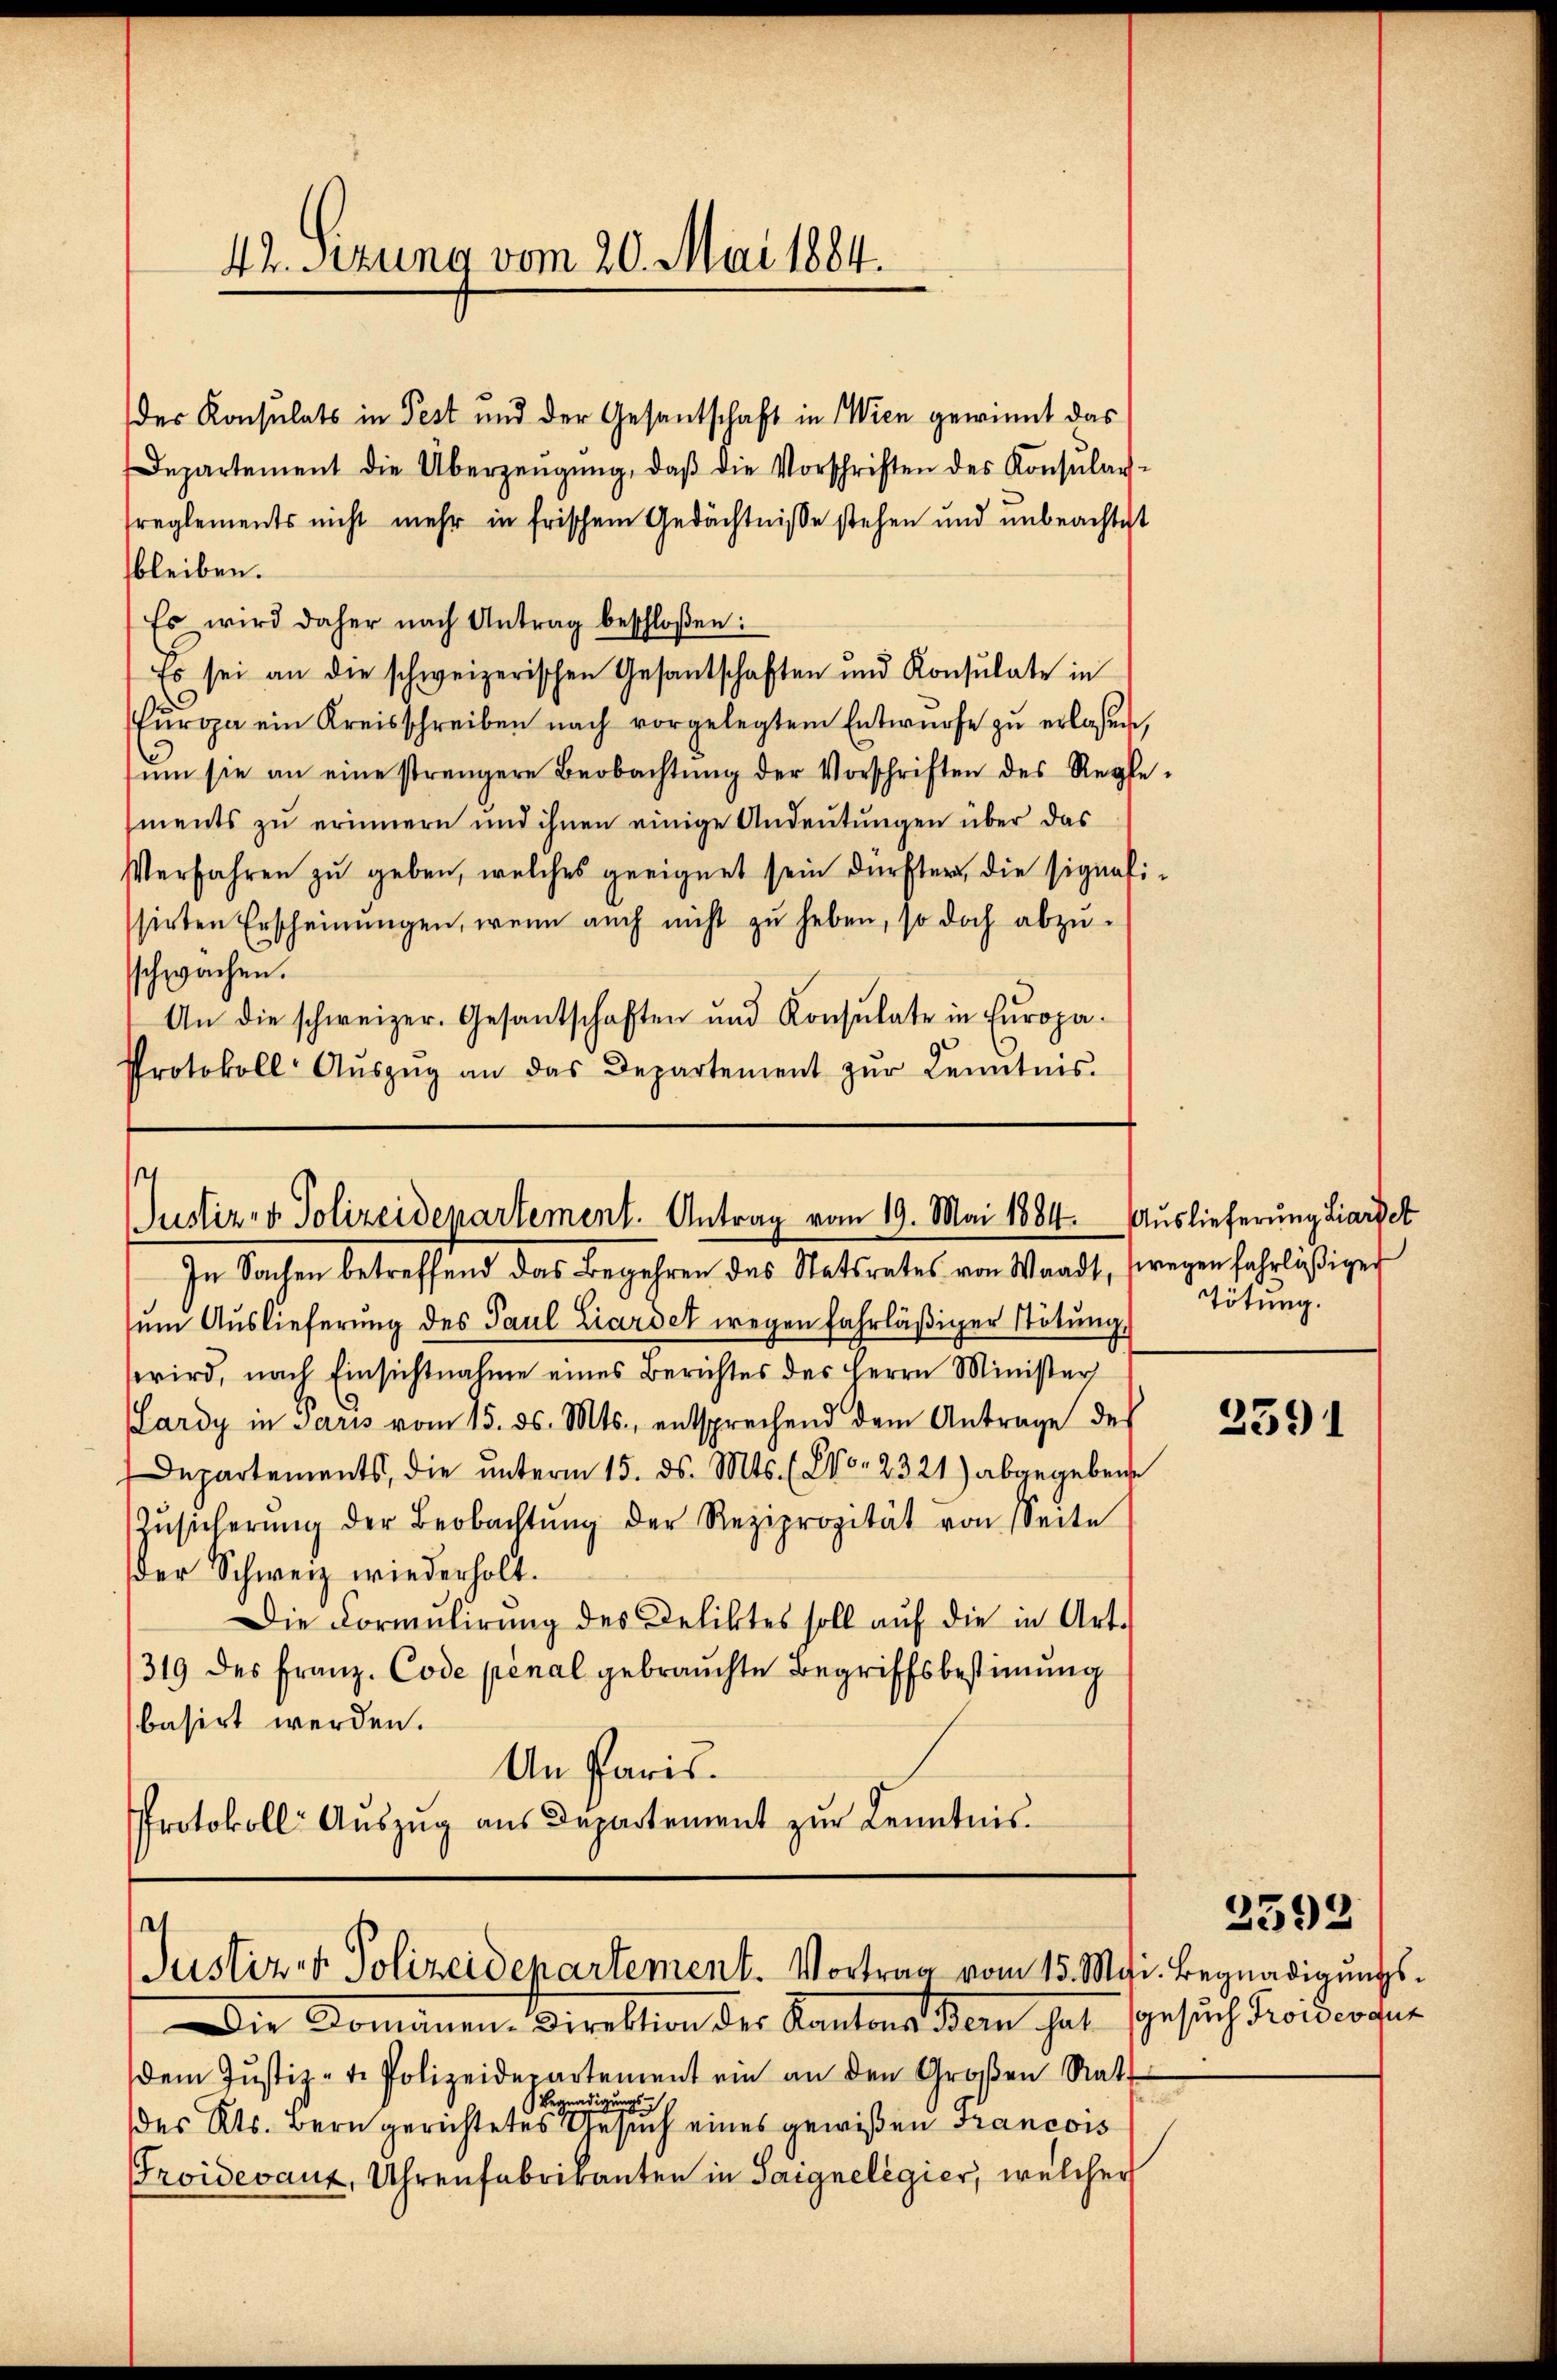
42. Sitzung vom 20. Mai 1884.

bleiben.
Es wird daher nach Antrag beschloßen:
Es sei an die schweizerischen Gesantschaften und Konsulate in
kŭropa ein Kreisschreiben nach vorgelegtem Entwürfe zu erlassen,
ŭm sie an eine strengere Beobachtŭng der Vorschriften des Regle-
ments zu erinnern und ihnen einige Andeutungen über das
Verfahren zu geben, welches geeignet sein dürfter, die signatisirten Erscheinungen, wenn auch nicht zu heben, so doch abzu-
schwachen.
An die schweizer. Gesandtschaften und Konsulate in Europa-
Protokoll Aŭszŭg an das Departement zŭr Kenntnis.

s
Justiz- & Polizeidepartement. Antrag vom 19. Mai 1884.
In Sachen betreffend das Begehren des Statsrates von Waadt, wegen fahrläßiges

des Konsulats in Pest und der Gesantschaft in Wien gewinnt das
Departement die Überzeŭgŭng, daβ die Vorschriften des Konsŭlar-
reglements nicht mehr in frischem Gedächtniße stehen und unbeachtet

¬
Justiz- & Polizeidepartement. Vortrag vom 15. Mai. Begnadigungs¬

Auslieferung Liardet
Tötung.

um Auslieferung des Paul Liardet wegen fahrläßiger Tötung,
wird, nach Einsichtnahme eines Berichtes des Herrn Minister
Lardy in Paris vom 15. ds. Mts., entsprechend dem Antrage des
Departements, die unterm 15. ds. Mts. (Co. 2321) abgegebene
Zŭsicherŭng der Beobachtŭng der Reziprozität von Seite
der Schweiz wiederholt.
Die Formulirung des Deliktes soll auf die in Art.
/319 des Franz. Code pénal gebrauchte Begriffsbestimmung
basirt werden.
An Paris.
Protokoll- Aŭszŭg aŭs Departement zŭr Kenntnis.

Die Domänen-Direktion der Kantons Bern hat gesuch Troideoque
dem Justiz-te Polizeidepartement ein an den Großen Rat.
Begnadigungs
des Kts. Bern gerichtetes Gesuch eines gewißen Francois
Proidevaux, Uhrenfabrikanten in Saignelegier, welcher

2591

2592